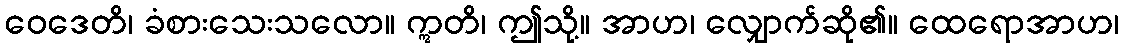
ဝေဒေတိ၊ ခံစားသေးသလော။ ဣတိ၊ ဤသို့။ အာဟ၊ လျှောက်ဆို၏။ ထေရောအာဟ၊